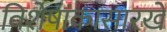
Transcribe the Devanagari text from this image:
विशेषांकासारखे